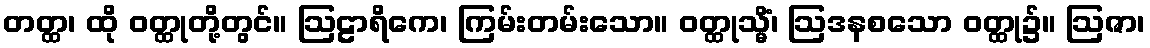
တတ္ထ၊ ထို ဝတ္ထုတို့တွင်။ ဩဠာရိကေ၊ ကြမ်းတမ်းသော။ ဝတ္ထုသ္မိံ၊ ဩဒနစသော ဝတ္ထု၌။ ဩဇာ၊